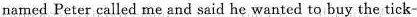
named Peter called me and said he wanted to buy the tick-